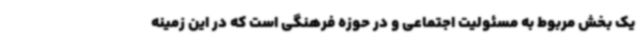
یک بخش مربوط به مسئولیت اجتماعی و در حوزه فرهنگی است که در این زمینه